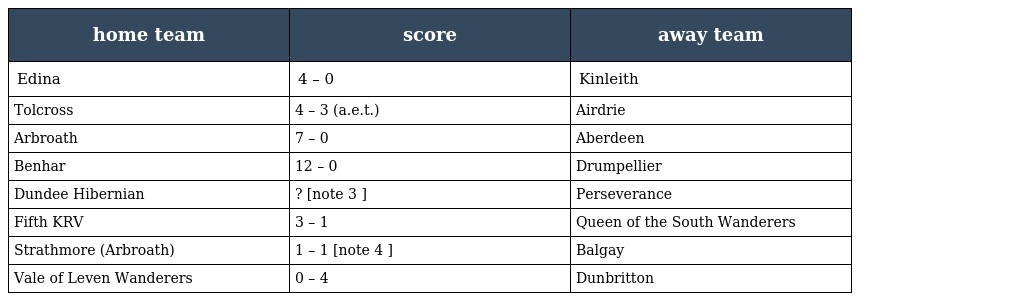
| home team | score | away team |
 | --- | --- | --- |
 | Edina | 4 – 0 | Kinleith |
 | Tolcross | 4 – 3 (a.e.t.) | Airdrie |
 | Arbroath | 7 – 0 | Aberdeen |
 | Benhar | 12 – 0 | Drumpellier |
 | Dundee Hibernian | ? [note 3 ] | Perseverance |
 | Fifth KRV | 3 – 1 | Queen of the South Wanderers |
 | Strathmore (Arbroath) | 1 – 1 [note 4 ] | Balgay |
 | Vale of Leven Wanderers | 0 – 4 | Dunbritton |